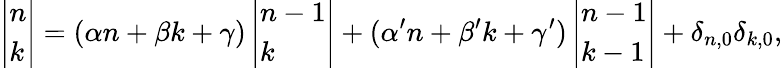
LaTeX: \left|{\begin{array}{l}{n}\\ {k}\end{array}}\right|=(\alpha n+\beta k+\gamma)\left|{\begin{array}{l}{n-1}\\ {k}\end{array}}\right|+(\alpha^{\prime}n+\beta^{\prime}k+\gamma^{\prime})\left|{\begin{array}{l}{n-1}\\ {k-1}\end{array}}\right|+\delta_{n,0}\delta_{k,0},